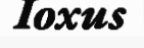
Ioxus